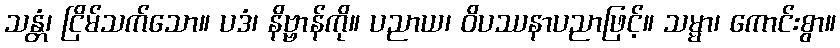
သန္တံ၊ ငြိမ်သက်သော။ ပဒံ၊ နိဗ္ဗာန်ကို။ ပညာယ၊ ဝိပဿနာပညာဖြင့်။ သမ္မာ၊ ကောင်းစွာ။